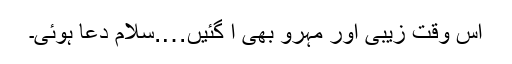
اس وقت زیبی اور مہرو بھی آ گئیں….سلام دعا ہوئی۔